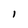
Character: l